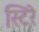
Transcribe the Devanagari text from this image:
स्टिरे